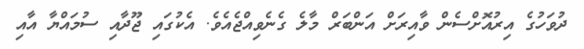
ދުވަހުގެ އިރުއޮށްސެން ވާއިރަށް އަންބަރް މާލެ ގެނެވިއްޖެއެވެ. އެކުގައި ޖޫދާއި ސުމައްޔާ އާއި